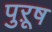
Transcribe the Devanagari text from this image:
पुऱूष